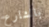
بالشارع